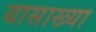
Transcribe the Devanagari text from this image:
यासाख्या